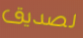
لصديق